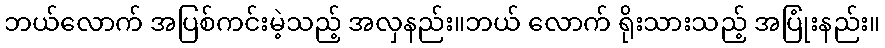
ဘယ်လောက် အပြစ်ကင်းမဲ့သည့် အလှနည်း။ဘယ် လောက် ရိုးသားသည့် အပြုံးနည်း။